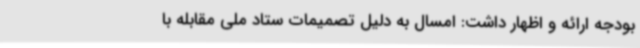
بودجه ارائه و اظهار داشت: امسال به دلیل تصمیمات ستاد ملی مقابله با